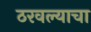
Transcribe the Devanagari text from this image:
ठरवल्याचा